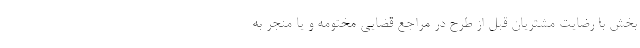
بخش با رضایت مشتریان قبل از طرح در مراجع قضایی مختومه و یا منجر به